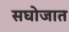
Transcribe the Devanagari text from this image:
सघोजात